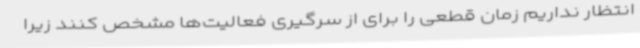
انتظار نداریم زمان قطعی را برای از سرگیری فعالیت‌ها مشخص کنند زیرا